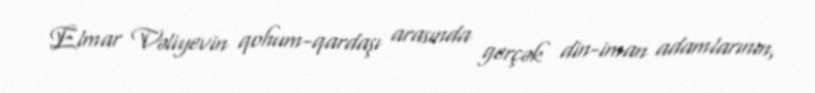
Elmar Vəliyevin qohum-qardaşı arasında gerçək din-iman adamlarının,